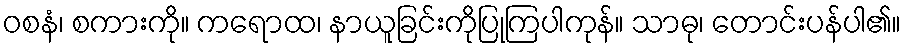
ဝစနံ၊ စကားကို။ ကရောထ၊ နာယူခြင်းကိုပြုကြပါကုန်။ သာဓု၊ တောင်းပန်ပါ၏။